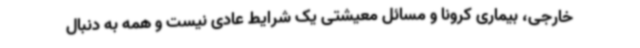
خارجی، بیماری کرونا و مسائل معیشتی یک شرایط عادی نیست و همه به دنبال